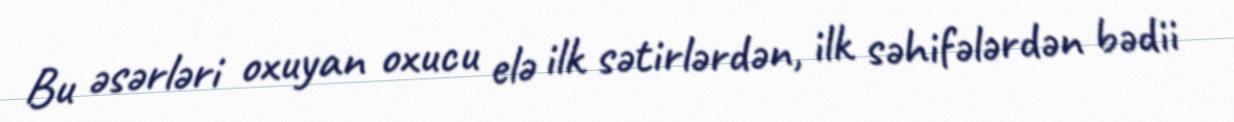
Bu əsərləri oxuyan oxucu elə ilk sətirlərdən, ilk səhifələrdən bədii